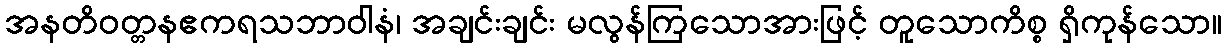
အနတိဝတ္တနဧကရသဘာဝါနံ၊ အချင်းချင်း မလွန်ကြသောအားဖြင့် တူသောကိစ္စ ရှိကုန်သော။